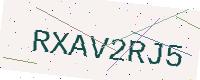
Text: RXAV2RJ5